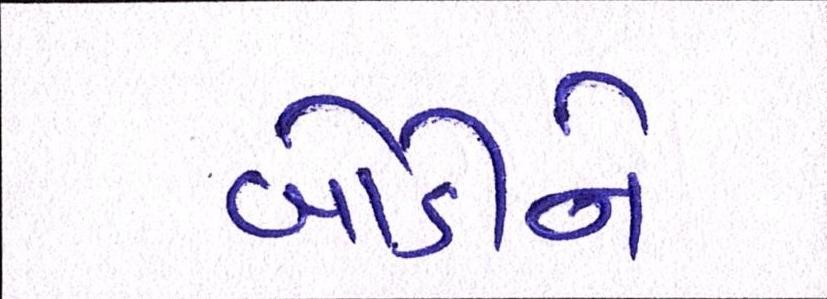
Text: બોડીને